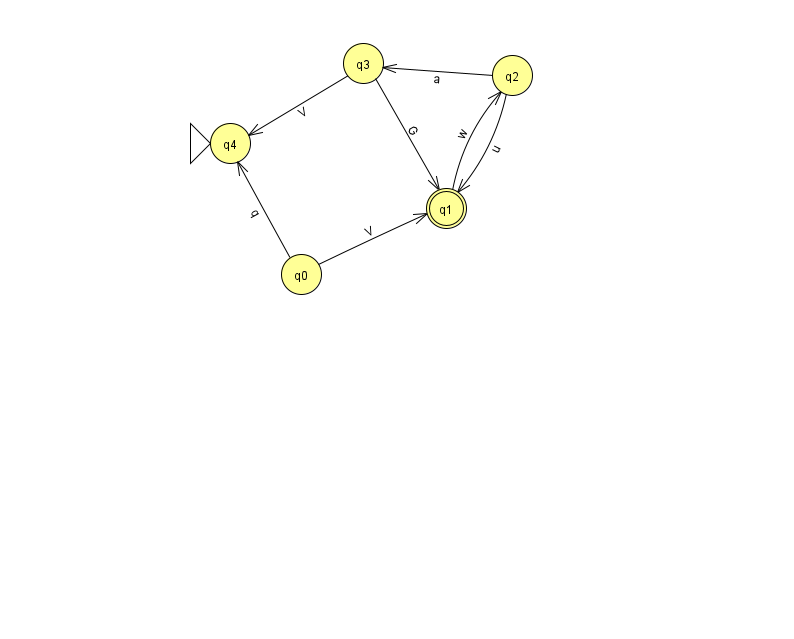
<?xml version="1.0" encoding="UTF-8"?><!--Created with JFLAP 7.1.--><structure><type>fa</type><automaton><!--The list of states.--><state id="0" name="q0"><x>301.0</x><y>261.0</y></state><state id="1" name="q1"><x>446.0</x><y>195.0</y><final/></state><state id="2" name="q2"><x>512.0</x><y>62.0</y></state><state id="3" name="q3"><x>363.0</x><y>50.0</y></state><state id="4" name="q4"><x>230.0</x><y>130.0</y><initial/></state><!--The list of transitions.--><transition><from>2</from><to>3</to><read>a</read></transition><transition><from>3</from><to>1</to><read>G</read></transition><transition><from>0</from><to>1</to><read>V</read></transition><transition><from>3</from><to>4</to><read>V</read></transition><transition><from>0</from><to>4</to><read>q</read></transition><transition><from>1</from><to>2</to><read>w</read></transition><transition><from>2</from><to>1</to><read>u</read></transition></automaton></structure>